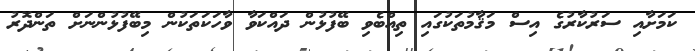
ކަމަށާއި ސަރުކާރުގެ އިސް މަޤާމުތަކުގައި ތިއްބެވި ބޭފުޅުން ދައްކަވާ ވާހަކަތަކުން މިބޭފުޅުންނަށް ތަންދޮރު